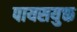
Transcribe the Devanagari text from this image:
पायसयुक्त